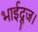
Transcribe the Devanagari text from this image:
भाईदूज।